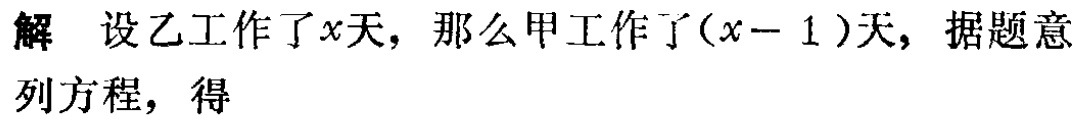
解 设乙工作了\(x\)天，那么甲工作了\((x - 1)\)天，据题意列方程，得